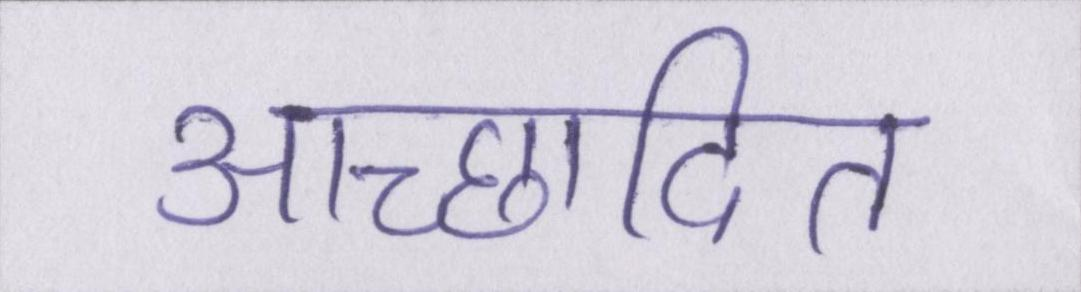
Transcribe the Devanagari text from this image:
आच्छादित